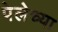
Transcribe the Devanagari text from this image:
पेलेच्या